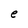
Character: e